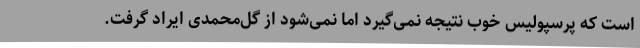
است که پرسپولیس خوب نتیجه نمی‌گیرد اما نمی‌شود از گل‌محمدی ایراد گرفت.